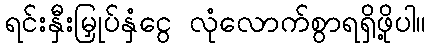
ရင်းနှီးမြှုပ်နှံငွေ လုံလောက်စွာရရှိဖို့ပါ။